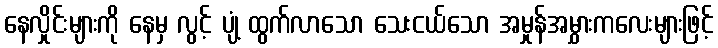
နေလှိုင်းများကို နေမှ လွင့် ပျံ့ ထွက်လာသော သေးငယ်သော အမှုန်အမွှားကလေးများဖြင့်